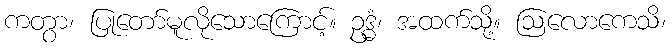
ကတွာ၊ ပြုတော်မူလိုသောကြောင့်။ ဥဒ္ဓံ၊ အထက်သို့။ ဩလောကေသိ၊